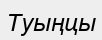
Туыңцы